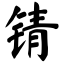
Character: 锖